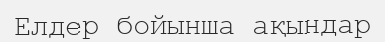
Елдер бойынша ақындар